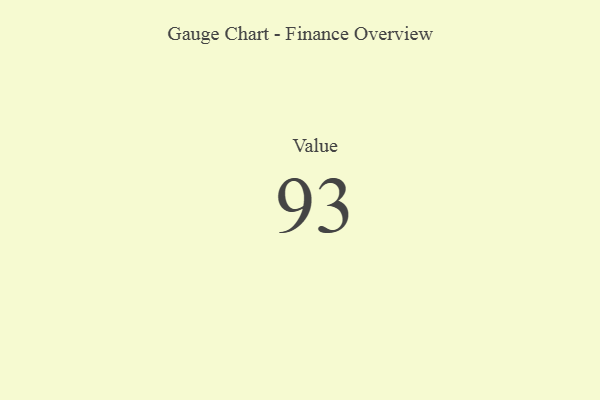
{"axis": {"x": "Metric", "y": "Value"}, "legend": [""], "data": [{"x": "Value", "y": 93, "type": ""}]}